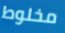
مخلوط